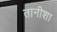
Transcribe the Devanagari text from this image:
तानीशा